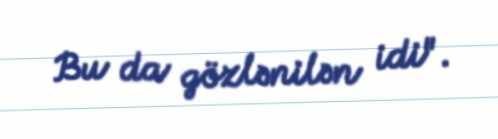
Bu da gözlənilən idi".